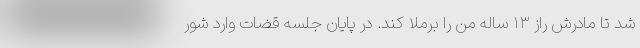
شد تا مادرش راز ۱۳ ساله من را برملا کند. در پایان جلسه قضات وارد شور